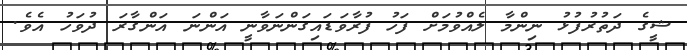
ޝީގެ ދަތުރުފުޅު ނިންމާ ލެއްވުމަށް ފަހު ފުރާވަޑައިގަންނަވާނީ އަންނަ އަންގާރަ ދުވަހު އެވެ.